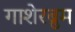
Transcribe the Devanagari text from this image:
गाशेरब्रुम